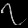
Digit: ၇